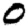
Digit: 0